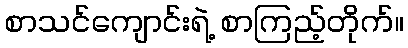
စာသင်ကျောင်းရဲ့ စာကြည့်တိုက်။